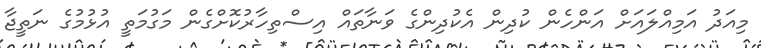
މިއަދު އަމިއްލައަށް އަންހެން ކުދިން އެކުދިންގެ ވަނާތައް އިސްތިހާރުކޮށްގެން މަގުމަތީ އުޅުމުގެ ނަތީޖާ